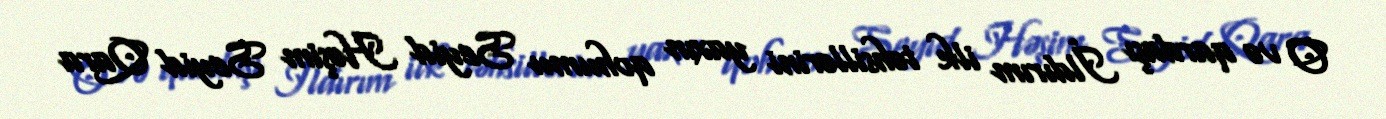
O və qardaşı İldırım ilk təhsillərini yaxın qohumu Seyid Həşim Seyid Qara